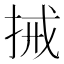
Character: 𢬿